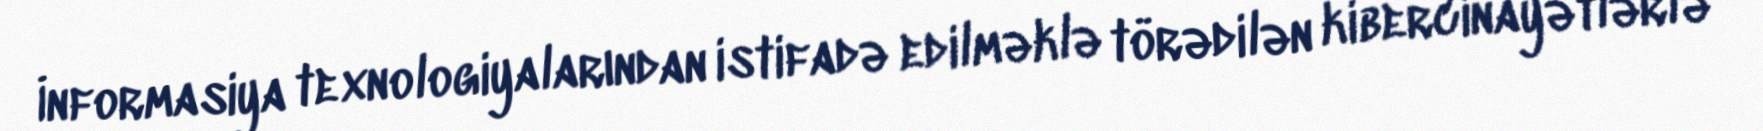
İnformasiya texnologiyalarından istifadə edilməklə törədilən kibercinayətlərlə